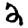
Digit: 2